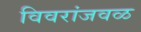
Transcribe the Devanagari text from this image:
विवरांजवळ